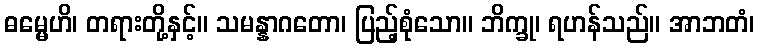
ဓမ္မေဟိ၊ တရားတို့နှင့်။ သမန္နာဂတော၊ ပြည့်စုံသော။ ဘိက္ခု၊ ရဟန်သည်။ အာဘတံ၊